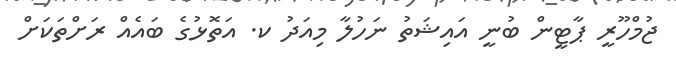
ޖުމްހޫރީ ޕާޓީން ބުނީ އައިޝަތު ނަހުލާ މިއަދު ކ. އަތޮޅުގެ ބައެއް ރަށްތަކަށް